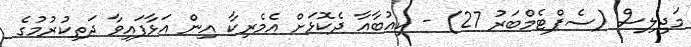
މަޖިލިސް (ސެޕްޓެމްބަރު 27) - ކިއުބާއާ ދެކޮޅަށް އެމެރިކާ އިން އަޅާފައިވާ ދަތިކުރުމުގެ